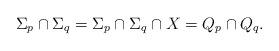
LaTeX: \begin{align*}\Sigma_p\cap \Sigma_q=\Sigma_p\cap \Sigma_q\cap X=Q_p\cap Q_q.\end{align*}